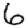
Digit: 6